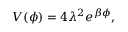
V ( \phi ) = 4 \lambda ^ { 2 } e ^ { \beta \phi } ,